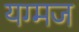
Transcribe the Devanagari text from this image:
यग्मज